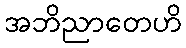
အဘိညာတေဟိ